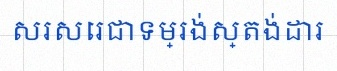
សរសេរជាទម្រង់ស្តង់ដារ